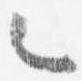
々